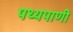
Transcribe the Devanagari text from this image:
पथ्यपाणी